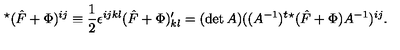
^ { \star } ( { \hat { F } } + \Phi ) ^ { i j } \equiv \frac { 1 } { 2 } \epsilon ^ { i j k l } ( { \hat { F } } + \Phi ) _ { k l } ^ { \prime } = ( \det A ) ( ( A ^ { - 1 } ) ^ { t } ^ { \star } ( \hat { F } + \Phi ) A ^ { - 1 } ) ^ { i j } .